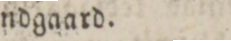
Lundgaard.